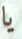
يا